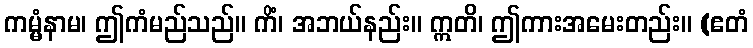
ကမ္မံနာမ၊ ဤကံမည်သည်။ ကိံ၊ အဘယ်နည်း။ ဣတိ၊ ဤကားအမေးတည်း။ (ဧတံ